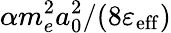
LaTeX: \alpha m_{e}^{2}a_{0}^{2}/(8\varepsilon_{\mathrm{eff}})